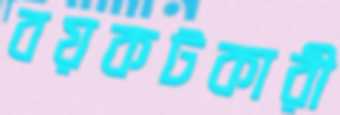
বয়কটকারী